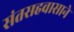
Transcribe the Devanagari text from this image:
संतसहवासाने